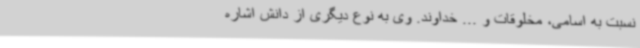
نسبت به اسامی، مخلوقات و ... خداوند. وی به نوع دیگری از دانش اشاره